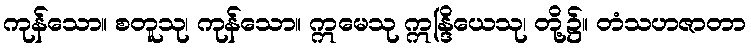
ကုန်သော။ စတူသု၊ ကုန်သော။ ဣမေသု ဣန္ဒြိယေသု၊ တို့၌။ တံသဟဇာတာ